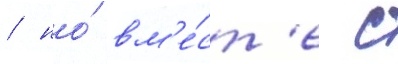
/ но́ вм'е́ст'е с